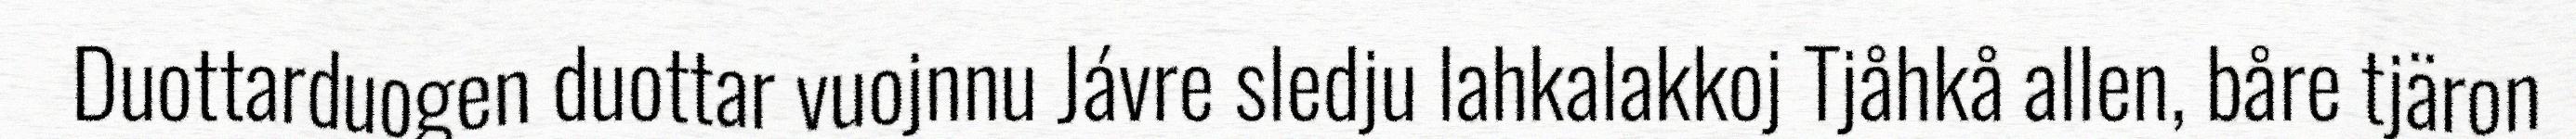
Duottarduogen duottar vuojnnu Jávre sledju lahkalakkoj Tjåhkå allen, båre tjäron